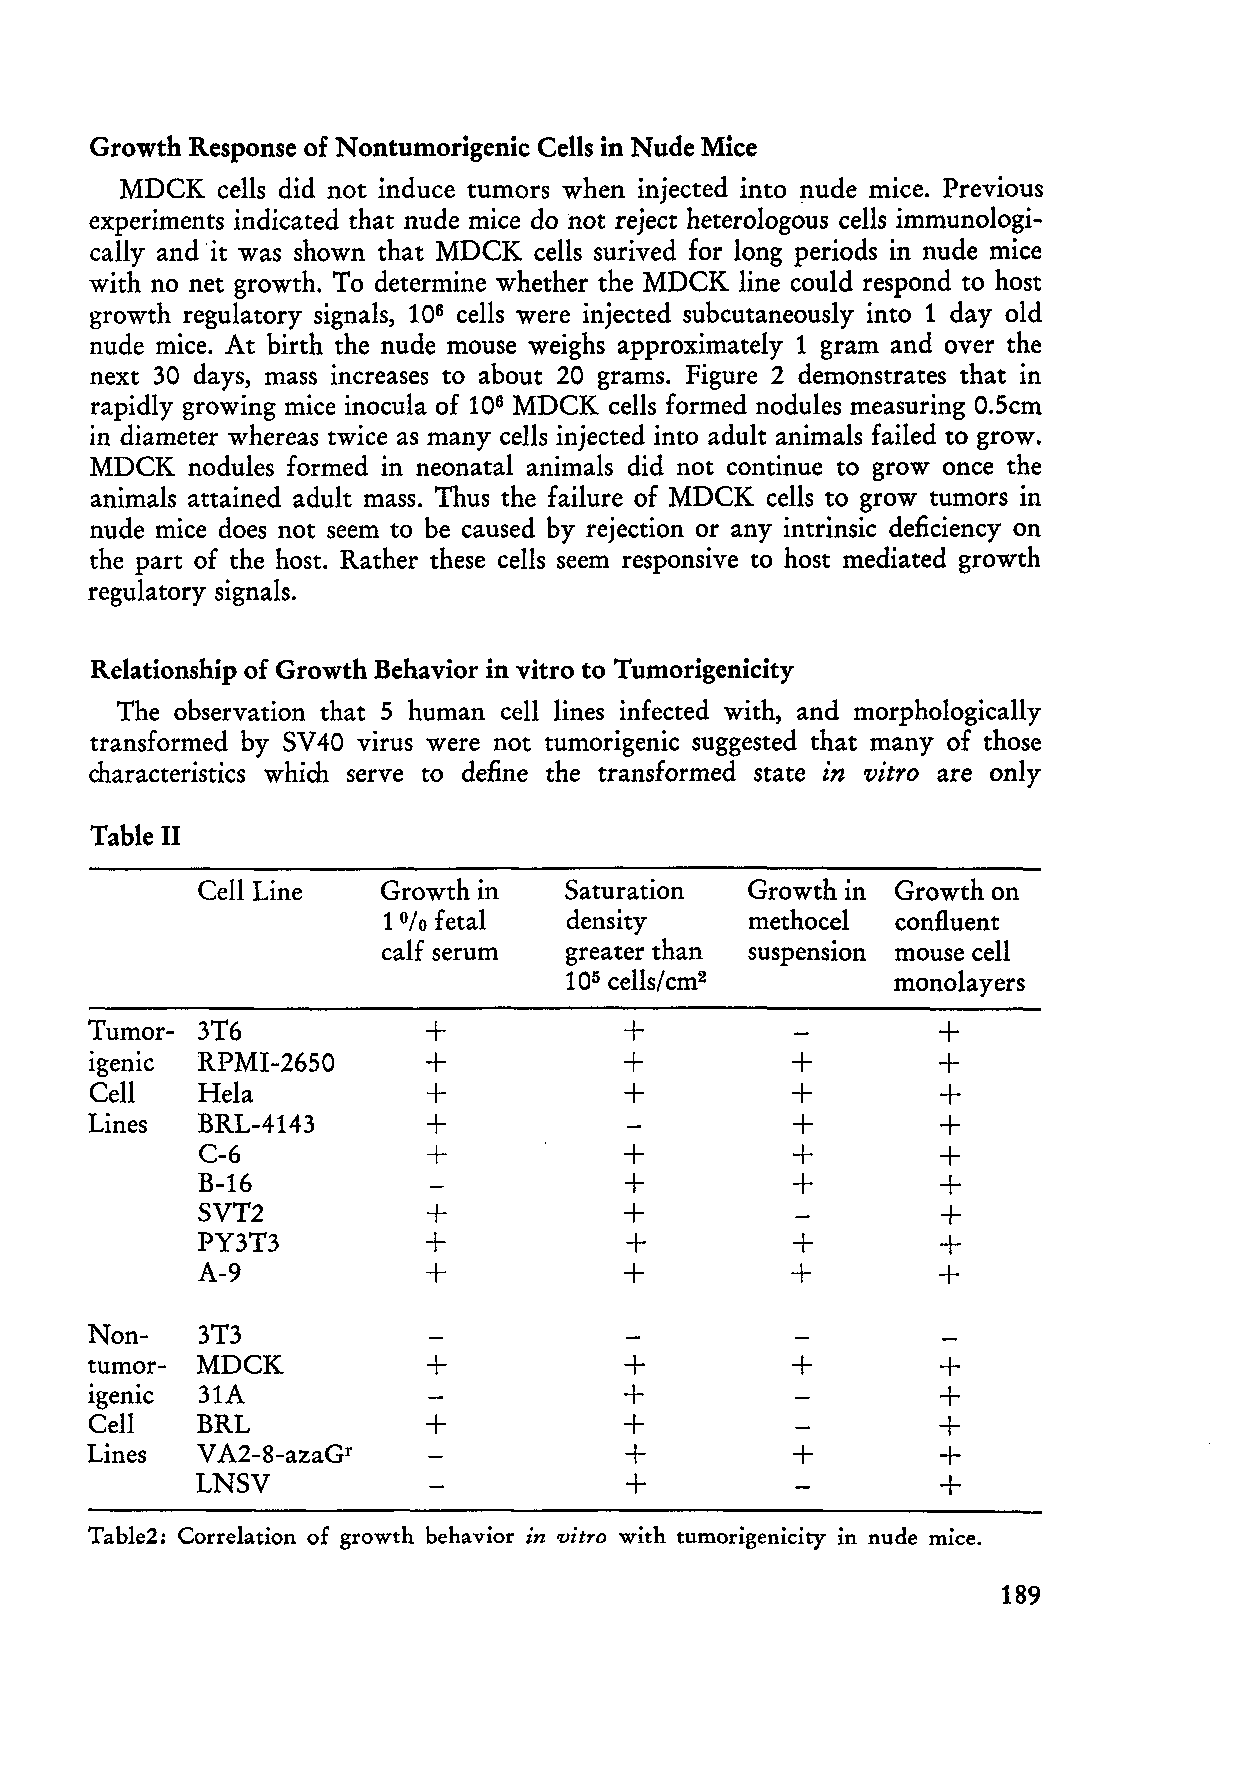
Growth Response of Nontumorigenic Cells in Nude Mice
 MDCK   cells did not induce tumors when injected into nude mice. Previous
 experiments indicated that nude mice do hot rejeet heterologous eells immunologi
 eally and 'it was shown that MDCK cells surived for long periods in nude mice
 with no net growth. To determine whe ther the MDCK line eould respond to host
 growth regulatory signals, 106 eells were injeeted subcutaneously into 1 day old
 nude mice. At birth the nude mouse weighs approximately 1 gram and over the
 next 30 days, mass inereases to about 20 grams. Figure 2 demonstrates that in
 rapidly growing mice inoeula of 106 MDCK cells formed nodules measuring 0.5cm
 in diameter whereas twiee as many eells injeeted into adult animals failed to grow.
 MDCK   nodules formed in neonatal animals did not eontinue to grow on ce the
 animals attained adult mass. Thus the failure of MDCK eells to grow tumors in
 nude mice does not seem to be eaused by rejeetion or any intrinsie deficieney on
 the part of the host. Rather these eells seem responsive to host mediated growth
 regulatory signals.
 Relationship of Growth Behavior in vitro to Tumorigenicity
 The observation that 5 human eell lines infeeted with, and morphologieally
 transformed by SV 40 virus were not tumorigenic suggested that many of those
 charaeteristies which serve to define the transformed state in vitro are only
 Table 11
 Cell Line   Growth in   Saturation   Growth in Growth on
 1   fetal    density     methocel confluent
 %
 calf serum   greater than suspenSIOn mouse eell
 105 cells/ cm2       monolayers
 Tumor- 3T6            +            +                    +
 1geme  RPMI-2650      +            +          +         +
 Cell   HeIa           +            +          +         +
 Lines  BRL-4143       +                        +        +
 C-6            +            +           +        +
 B-16                        +           +        +
 SVT2           +            +                    +
 PY3T3          +             +          +        +
 A-9            +            +          +         +
 Non-   3T3
 t.u mo. r- MDCK       +            +          +         +
 1geme  31A                         +                    +
 Cell   BRL            +            +                    +
 Lines  V A2-8-azaGr                +           +        +
 LNSV                        +                    +
 Table2: Correlation of growth behavior in vitro with tumorigenicity in nude mice.
 189